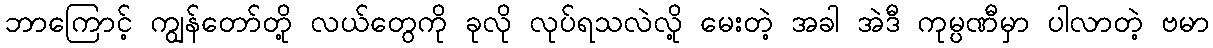
ဘာကြောင့် ကျွန်တော်တို့ လယ်တွေကို ခုလို လုပ်ရသလဲလို့ မေးတဲ့ အခါ အဲဒီ ကုမ္ပဏီမှာ ပါလာတဲ့ ဗမာ